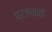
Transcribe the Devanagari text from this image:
प्रजननो